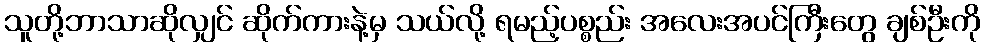
သူတို့ဘာသာဆိုလျှင် ဆိုက်ကားနဲ့မှ သယ်လို့ ရမည့်ပစ္စည်း အလေးအပင်ကြီးတွေ ချစ်ဦးကို